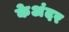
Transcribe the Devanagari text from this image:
केअंदर